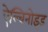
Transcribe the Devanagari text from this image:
ऐल्बिनोइड